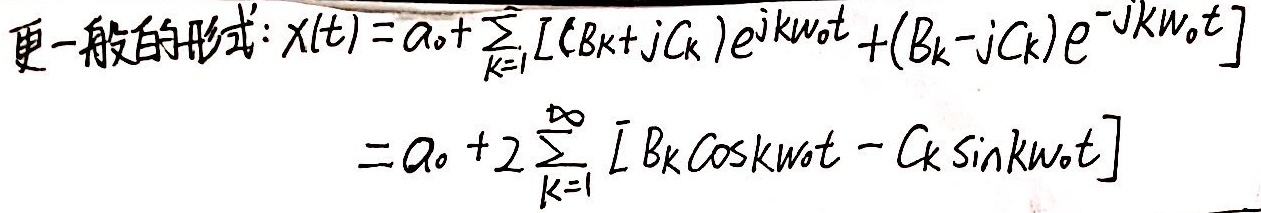
更一般的形式：
\[
\begin{align*}
x(t)&=a_{0}+\sum_{k = 1}^{\infty}[(B_{k}+jC_{k})e^{jk\omega_{0}t}+(B_{k}-jC_{k})e^{-jk\omega_{0}t}]\\
&=a_{0}+2\sum_{k = 1}^{\infty}[B_{k}\cos k\omega_{0}t - C_{k}\sin k\omega_{0}t]
\end{align*}
\]